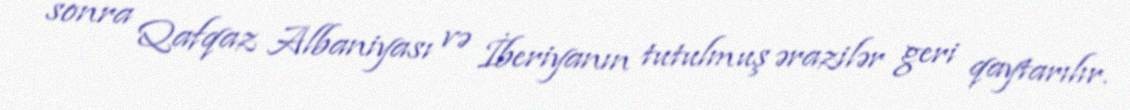
sonra Qafqaz Albaniyası və İberiyanın tutulmuş ərazilər geri qaytarılır.